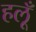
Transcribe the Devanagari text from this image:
हलूँ